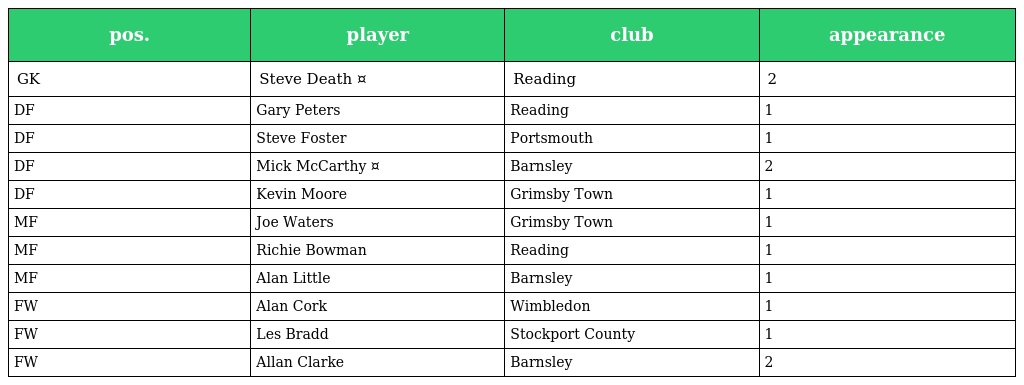
| pos. | player | club | appearance |
 | --- | --- | --- | --- |
 | GK | Steve Death ¤ | Reading | 2 |
 | DF | Gary Peters | Reading | 1 |
 | DF | Steve Foster | Portsmouth | 1 |
 | DF | Mick McCarthy ¤ | Barnsley | 2 |
 | DF | Kevin Moore | Grimsby Town | 1 |
 | MF | Joe Waters | Grimsby Town | 1 |
 | MF | Richie Bowman | Reading | 1 |
 | MF | Alan Little | Barnsley | 1 |
 | FW | Alan Cork | Wimbledon | 1 |
 | FW | Les Bradd | Stockport County | 1 |
 | FW | Allan Clarke | Barnsley | 2 |